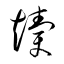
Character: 牘